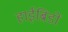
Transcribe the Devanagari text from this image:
हाईब्रिडों